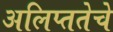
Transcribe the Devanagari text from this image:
अलिप्ततेचे